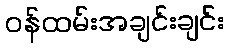
ဝန်ထမ်းအချင်းချင်း